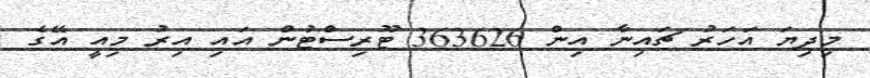
މިދިޔަ އަހަރު ޗައިނާ އިން 363626 ޓޫރިސްޓުން އައި އިރު މިއީ އޭގެ